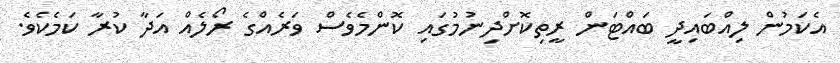
އެކަމުން ލިއްބައިދީ ބައްޓަން ރީތިކޮށްދިނުމުގައި ކޮންމެވެސް ވަރެއްގެ ރޯލެއް އަދާ ކުރާ ކަމެކެވެ.